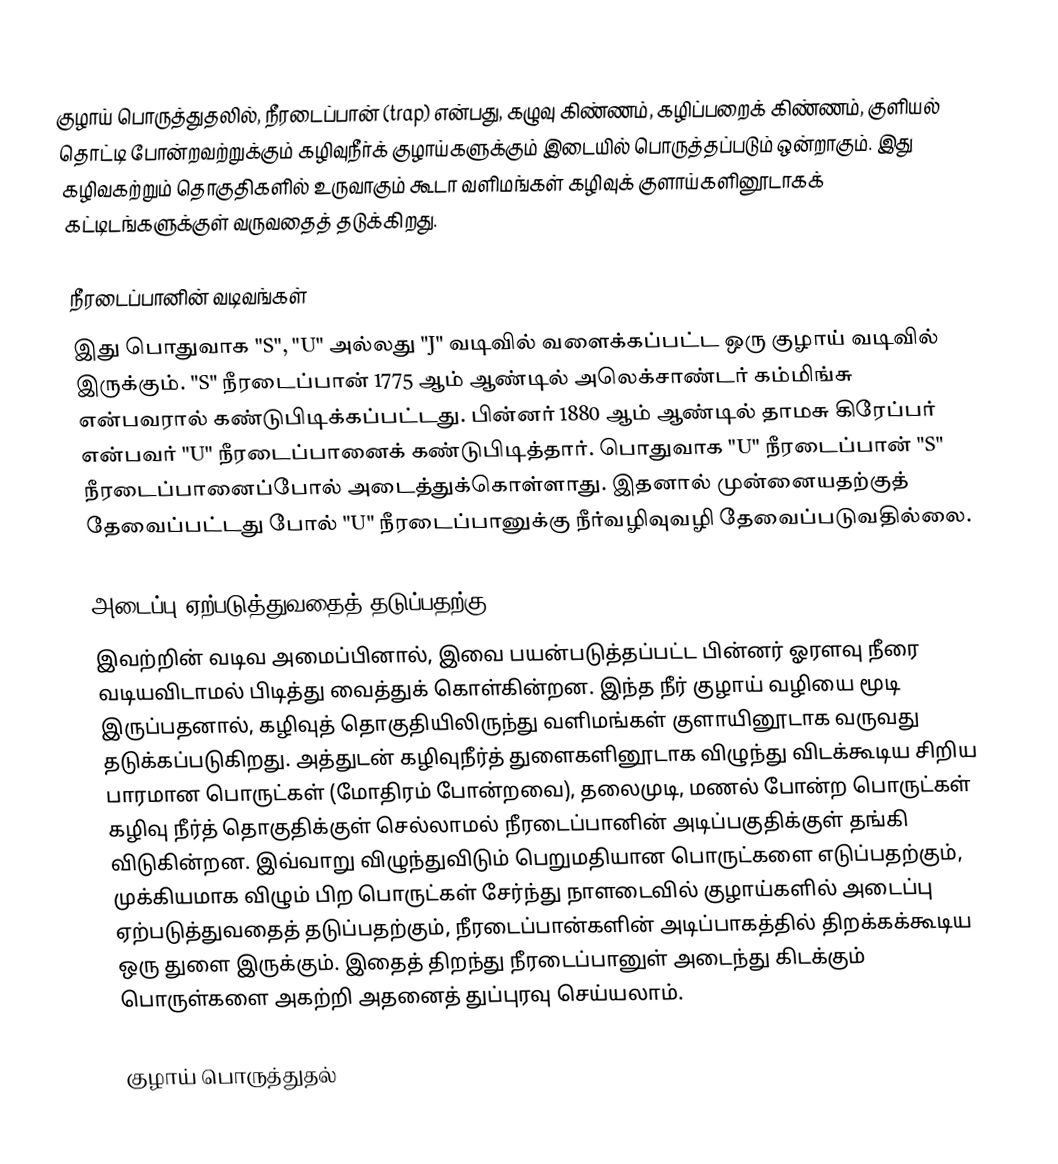
குழாய் பொருத்துதலில், நீரடைப்பான் (trap) என்பது, கழுவு கிண்ணம், கழிப்பறைக் கிண்ணம், குளியல் தொட்டி போன்றவற்றுக்கும் கழிவுநீர்க் குழாய்களுக்கும் இடையில் பொருத்தப்படும் ஒன்றாகும். இது கழிவகற்றும் தொகுதிகளில் உருவாகும் கூடா வளிமங்கள் கழிவுக் குளாய்களினூடாகக் கட்டிடங்களுக்குள் வருவதைத் தடுக்கிறது.

நீரடைப்பானின் வடிவங்கள்
இது பொதுவாக "S", "U" அல்லது "J" வடிவில் வளைக்கப்பட்ட ஒரு குழாய் வடிவில் இருக்கும். "S" நீரடைப்பான் 1775 ஆம் ஆண்டில் அலெக்சாண்டர் கம்மிங்சு என்பவரால் கண்டுபிடிக்கப்பட்டது. பின்னர் 1880 ஆம் ஆண்டில் தாமசு கிரேப்பர் என்பவர் "U" நீரடைப்பானைக் கண்டுபிடித்தார். பொதுவாக "U" நீரடைப்பான் "S" நீரடைப்பானைப்போல் அடைத்துக்கொள்ளாது. இதனால் முன்னையதற்குத் தேவைப்பட்டது போல் "U" நீரடைப்பானுக்கு நீர்வழிவுவழி தேவைப்படுவதில்லை.

அடைப்பு ஏற்படுத்துவதைத் தடுப்பதற்கு
இவற்றின் வடிவ அமைப்பினால், இவை பயன்படுத்தப்பட்ட பின்னர் ஓரளவு நீரை வடியவிடாமல் பிடித்து வைத்துக் கொள்கின்றன. இந்த நீர் குழாய் வழியை மூடி இருப்பதனால், கழிவுத் தொகுதியிலிருந்து வளிமங்கள் குளாயினூடாக வருவது தடுக்கப்படுகிறது. அத்துடன் கழிவுநீர்த் துளைகளினூடாக விழுந்து விடக்கூடிய சிறிய பாரமான பொருட்கள் (மோதிரம் போன்றவை), தலைமுடி, மணல் போன்ற பொருட்கள் கழிவு நீர்த் தொகுதிக்குள் செல்லாமல் நீரடைப்பானின் அடிப்பகுதிக்குள் தங்கி விடுகின்றன. இவ்வாறு விழுந்துவிடும் பெறுமதியான பொருட்களை எடுப்பதற்கும், முக்கியமாக விழும் பிற பொருட்கள் சேர்ந்து நாளடைவில் குழாய்களில் அடைப்பு ஏற்படுத்துவதைத் தடுப்பதற்கும், நீரடைப்பான்களின் அடிப்பாகத்தில் திறக்கக்கூடிய ஒரு துளை இருக்கும். இதைத் திறந்து நீரடைப்பானுள் அடைந்து கிடக்கும் பொருள்களை அகற்றி அதனைத் துப்புரவு செய்யலாம்.

குழாய் பொருத்துதல்